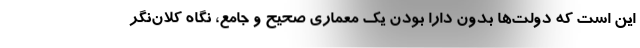
این است که دولت‌ها بدون دارا بودن یک معماری صحیح و جامع، نگاه کلان‌نگر